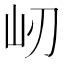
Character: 屻